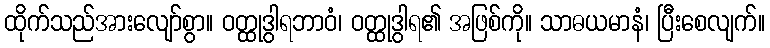
ထိုက်သည်အားလျော်စွာ။ ဝတ္ထုဒွါရဘာဝံ၊ ဝတ္ထုဒွါရ၏ အဖြစ်ကို။ သာဓယမာနံ၊ ပြီးစေလျက်။